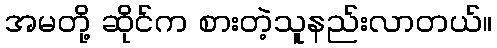
အမတို့ ဆိုင်က စားတဲ့သူနည်းလာတယ်။